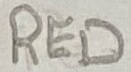
Text: RED